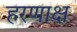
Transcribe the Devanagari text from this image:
हरणाक्ष